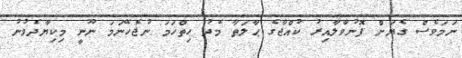
ނަމަވެސް ގެޔަށް ފޮނުވާލާއިރު ކުއްޖާގެ ޙާލަތާ މެދު ހިތްހަމަ ނުޖެހޭނަމަ ނޫނީ މިކިޔާދެވުނު